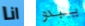
انا يبدو